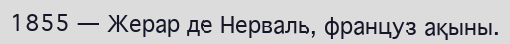
1855 — Жерар де Нерваль, француз ақыны.